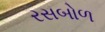
રસબોળ